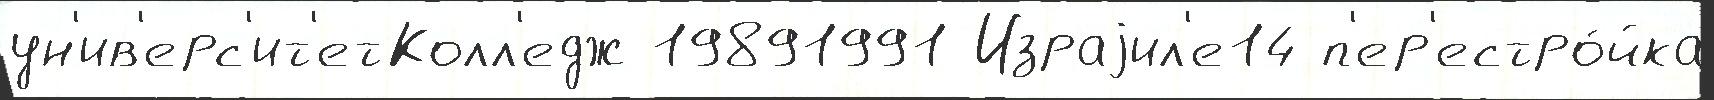
ун'ив'ерс'ит'етКолл'едж 19891991 Израjил'е14 п'ер'естро́йка